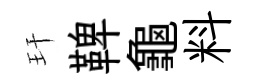
玕鞞龜料